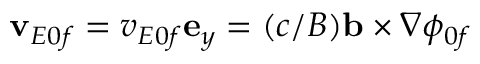
\mathbf { v } _ { E 0 f } = v _ { E 0 f } \mathbf { e } _ { y } = ( c / B ) \mathbf { b } \times \nabla \phi _ { 0 f }